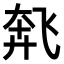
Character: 𫗌